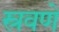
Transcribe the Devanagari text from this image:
स्रवणे